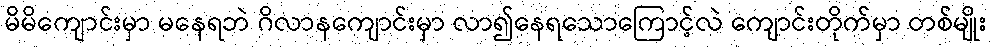
မိမိကျောင်းမှာ မနေရဘဲ ဂိလာနကျောင်းမှာ လာ၍နေရသောကြောင့်လဲ ကျောင်းတိုက်မှာ တစ်မျိုး